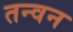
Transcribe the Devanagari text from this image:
तन्वन